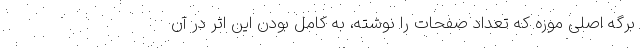
برگه اصلی موزه که تعداد صفحات را نوشته، به کامل بودن این اثر در آن